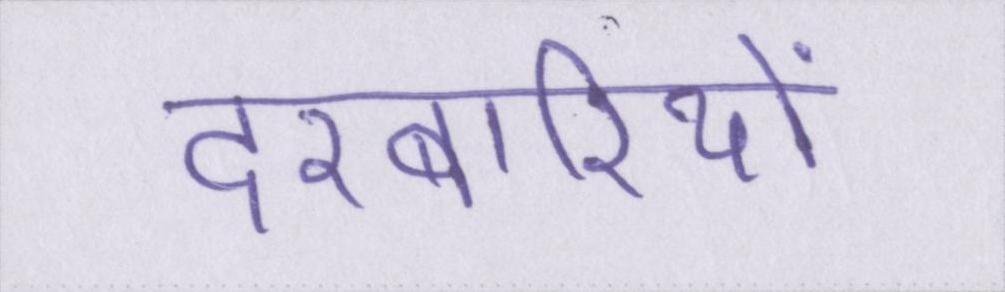
दरबारियों